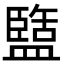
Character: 盬